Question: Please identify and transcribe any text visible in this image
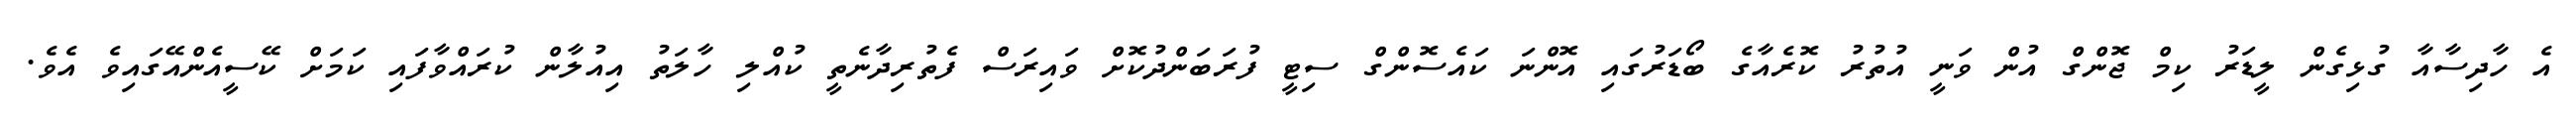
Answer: އެ ހާދިސާއާ ގުޅިގެން ލީޑަރު ކިމް ޖޮންގް އުން ވަނީ އުތުރު ކޮރެއާގެ ބޯޑަރުގައި އޮންނަ ކައެސޮންގް ސިޓީ ފުރަބަންދުކޮށް ވައިރަސް ފެތުރިދާނެތީ ކުއްލި ހާލަތު އިއުލާން ކުރައްވާފައި ކަމަށް ކޭސީއެންއޭގައިވެ އެވެ.